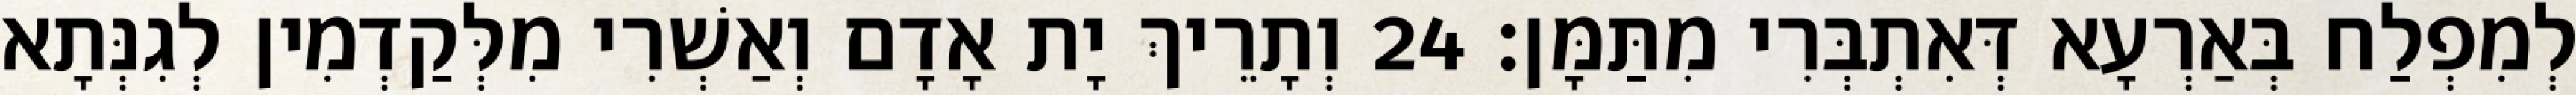
לְמִפְלַח בְּאַרְעָא דְּאִתְבְּרִי מִתַּמָּן׃ 24 וְתָרֵיךְ יָת אָדָם וְאַשְׁרִי מִלְּקַדְמִין לְגִנְּתָא